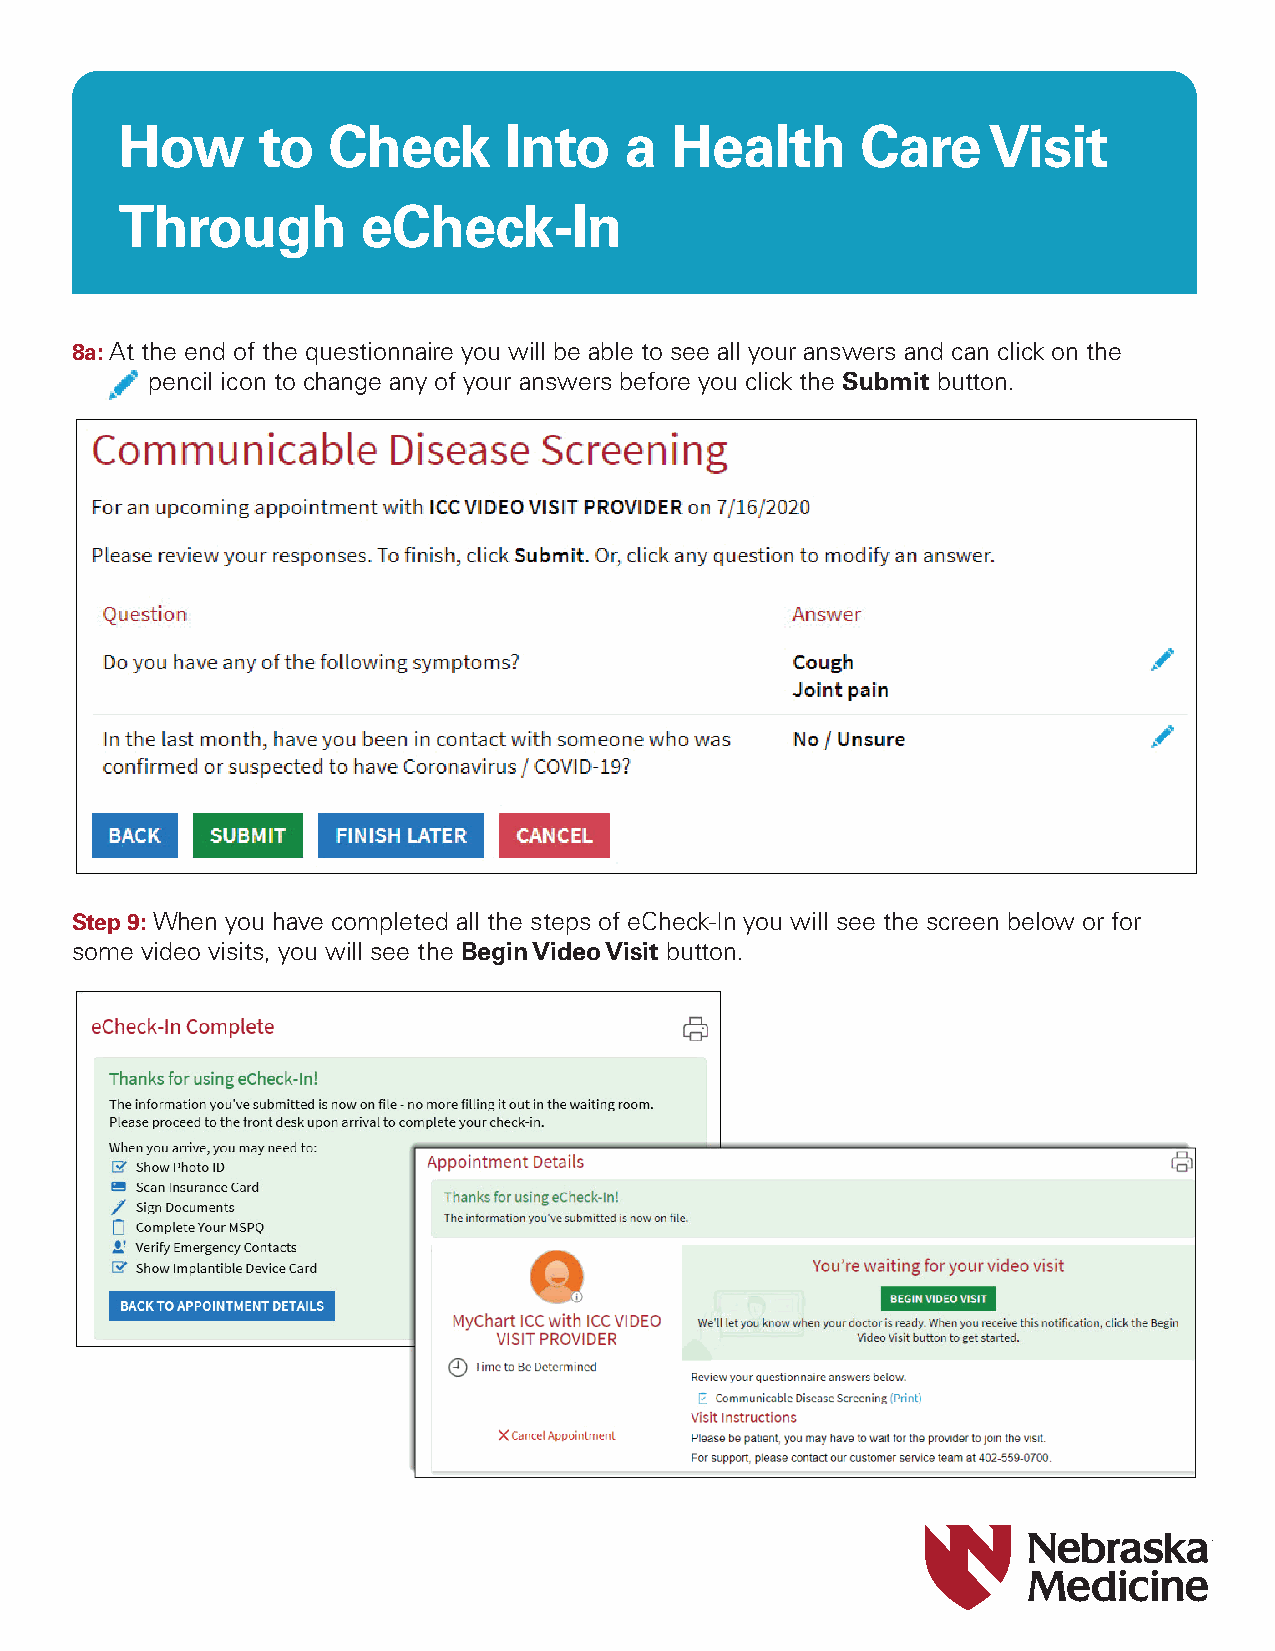
How      to   Check      Into    a  Health       Care    Visit
 Through         eCheck-In
 8a: At the end of the questionnaire you will be able to see all your answers and can click on the
 pencil icon to change any of your answers before you click the Submit button.
 Step 9: When you have completed all the steps of eCheck-In you will see the screen below or for
 some video visits, you will see the Begin Video Visit button.